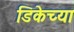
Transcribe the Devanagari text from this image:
डिकेच्या